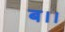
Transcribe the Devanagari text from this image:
ब।।